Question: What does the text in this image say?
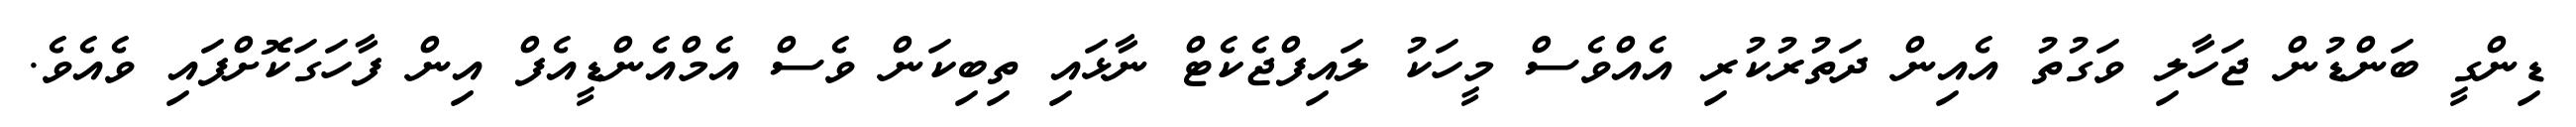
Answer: ޑިންގީ ބަންޑުން ޖަހާލި ވަގުތު އެއިން ދަތުރުކުރި އެއްވެސް މީހަކު ލައިފްޖެކެޓް ނާޅައި ތިބިކަން ވެސް އެމްއެންޑީއެފް އިން ފާހަގަކޮށްފައި ވެއެވެ.